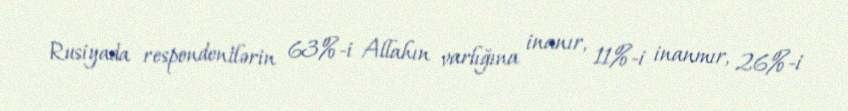
Rusiyada respondentlərin 63%-i Allahın varlığına inanır, 11%-i inanmır, 26%-i